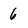
Character: 6